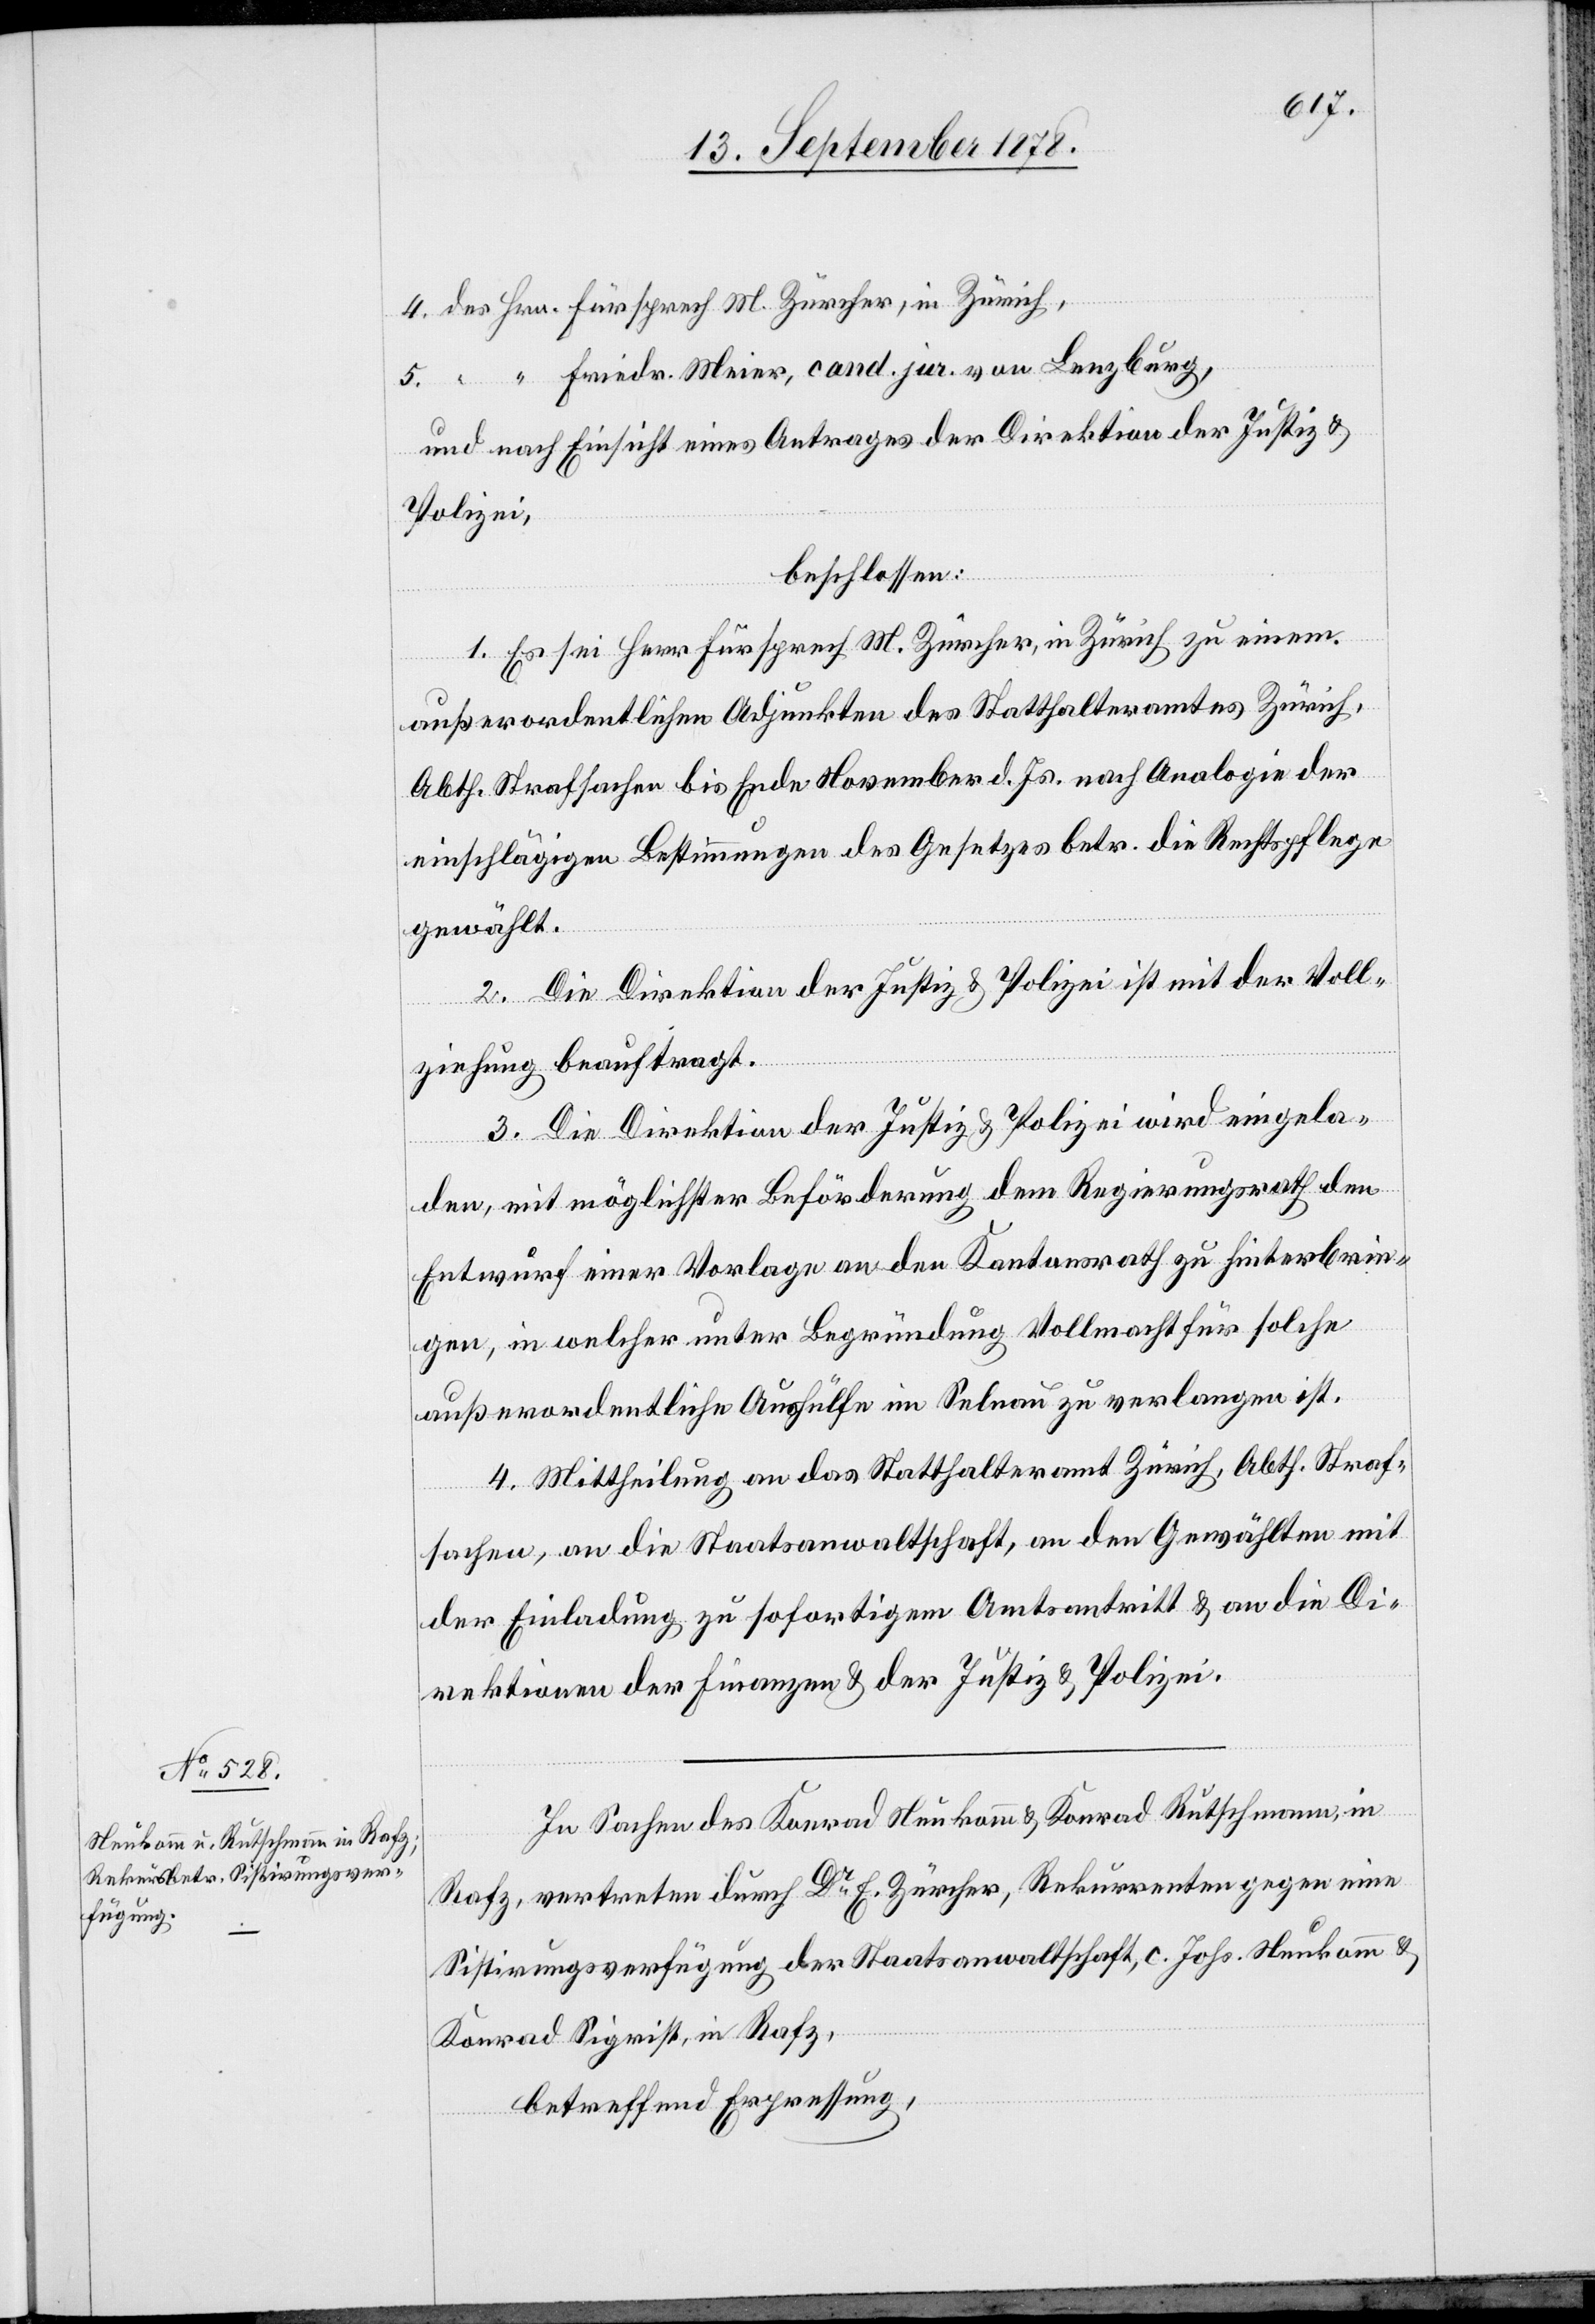
4. des Hrn. Fürsprech M. Zürcher, in Zürich,
5. “ “ Friedr. Meier, cand. jur. von Lenzburg,
und nach Einsicht eines Antrages der Direktion der Justiz &
Polizei,
beschlossen:
1. Es sei Herr Fürsprech M. Zürcher, in Zürich zu einem
außerordentlichen Adjunkten des Statthalteramtes Zürich,
Abth. Strafsachen bis Ende November d. Js. nach Analogie der
einschlägigen Bestimmungen des Gesetzes betr. die Rechtspflege
gewählt.
2. Die Direktion der Justiz & Polizei ist mit der Voll¬
ziehung beauftragt.
3. Die Direktion der Justiz & Polizei wird eingela¬
den, mit möglichster Beförderung dem Regierungsrath den
Entwurf einer Vorlage an den Kantonsrath zu hinterbrin¬
gen, in welcher unter Begründung Vollmacht für solche
außerordentliche Aushülfe im Selnau zu verlangen ist.
4. Mittheilung an das Statthalteramt Zürich, Abth. Straf¬
sachen, an die Staatsanwaltschaft, an den Gewählten mit
der Einladung zu sofortigem Amtsantritt & an die Di¬
rektionen der Finanzen & der Justiz & Polizei.
In Sachen des Konrad Neukomm & Konrad Rutschmann, in
Rafz, vertreten durch Dr E. Zürcher, Rekurrenten gegen eine
Sistirungsverfügung der Staatsanwaltschaft, c. Johs. Neukomm &
Konrad Sigrist, in Rafz,
betreffend Erpressung,